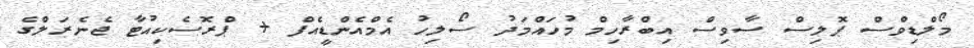
މޯލްޑިވްސް ޕޮލިސް ސާވިސް އިބްރާހިމް މުހައްމަދު ސޯލިހު އެމްއެންޑީއެފް + ޕްރޮސެކިއުޓާ ޖެނެރަލްގެ